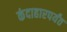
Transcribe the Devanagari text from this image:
कंदाहारपर्यंत